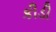
કીડી